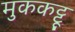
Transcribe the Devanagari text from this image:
मुककट्टू